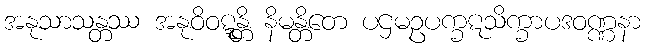
အနုသာသန္တဿ အနုဝိဝဋ္ဋန္တိ နိမန္တိတေ ပဌမဥပက္ခဋသိက္ခာပဒဝဏ္ဏနာ